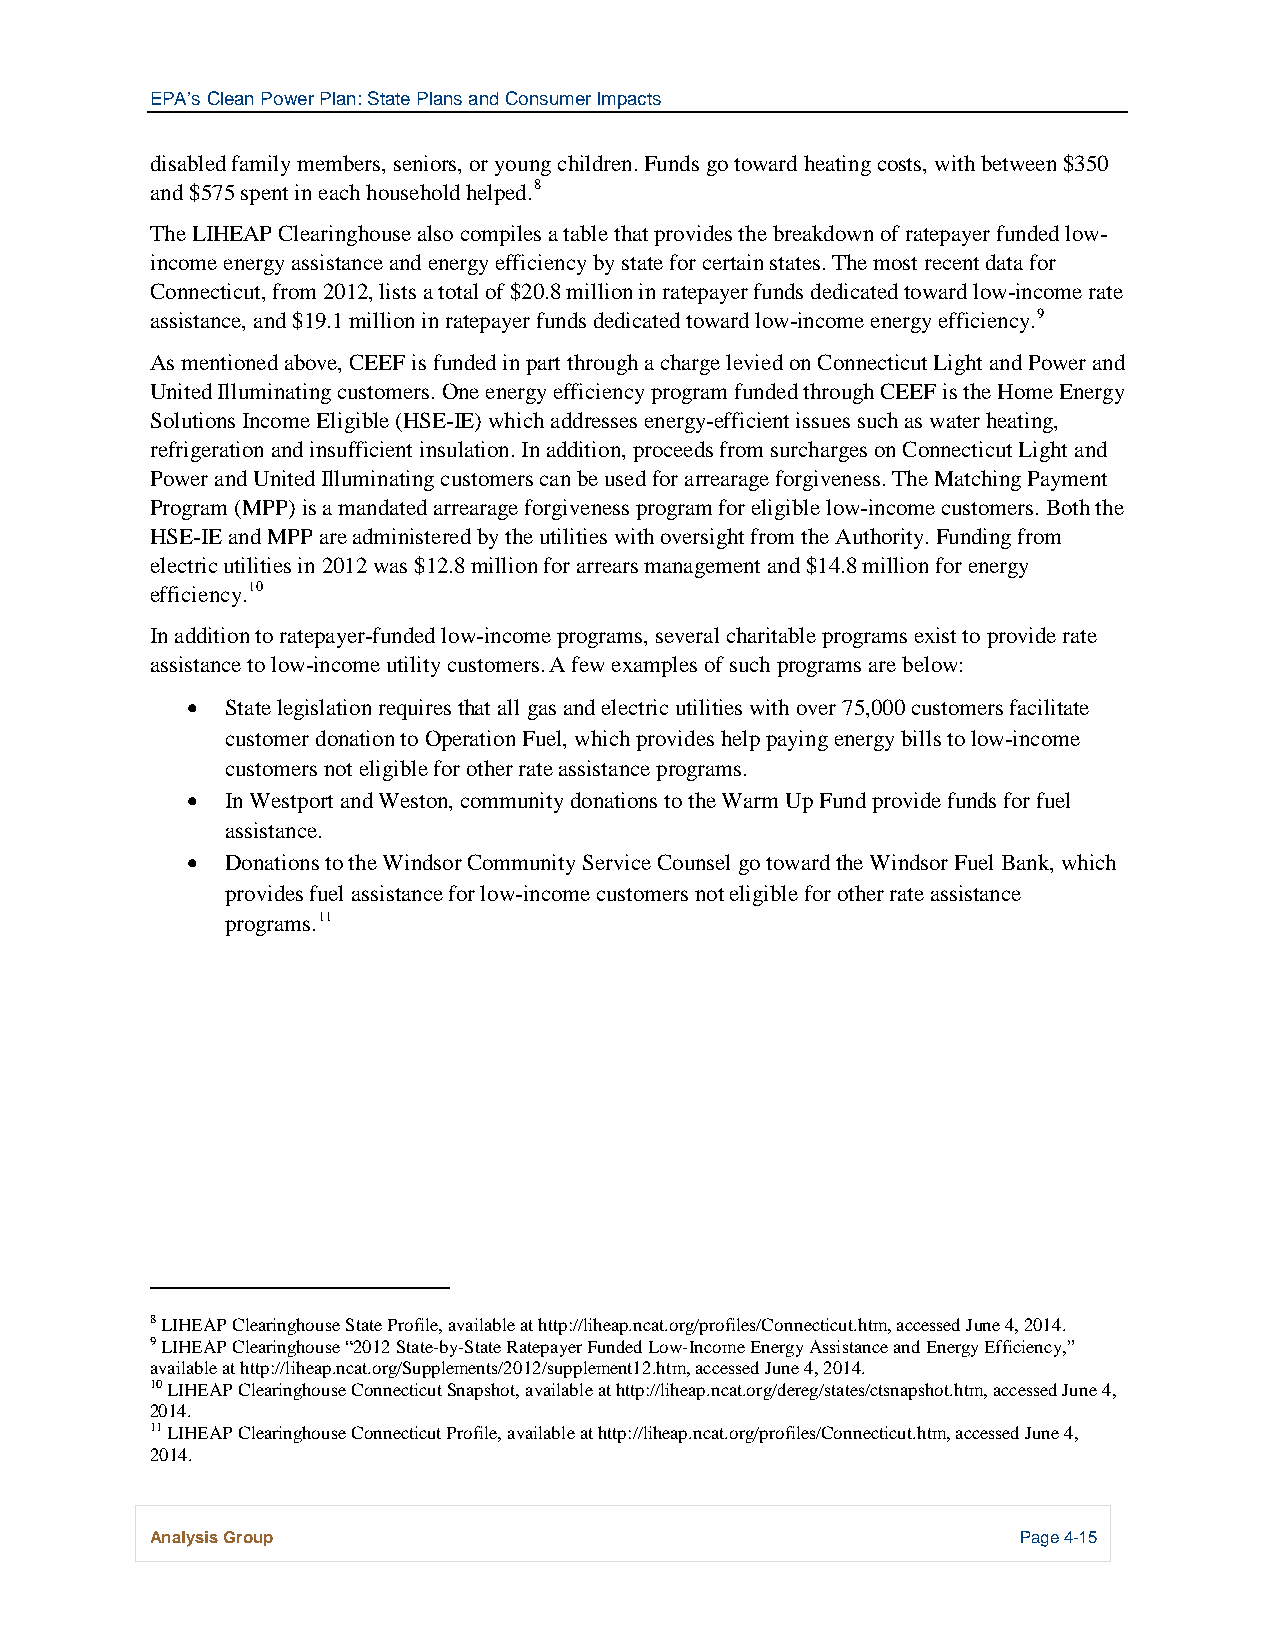
EPA’s Clean Power Plan: State Plans and Consumer Impacts
 disabled family members, seniors, or young children. Funds go toward heating costs, with between $350
 and $575 spent in each household helped.8
 The LIHEAP Clearinghouse also compiles a table that provides the breakdown of ratepayer funded low-
 income energy assistance and energy efficiency by state for certain states. The most recent data for
 Connecticut, from 2012, lists a total of $20.8 million in ratepayer funds dedicated toward low-income rate
 assistance, and $19.1 million in ratepayer funds dedicated toward low-income energy efficiency.9
 As mentioned above, CEEF is funded in part through a charge levied on Connecticut Light and Power and
 United Illuminating customers. One energy efficiency program funded through CEEF is the Home Energy
 Solutions Income Eligible (HSE-IE) which addresses energy-efficient issues such as water heating,
 refrigeration and insufficient insulation. In addition, proceeds from surcharges on Connecticut Light and
 Power and United Illuminating customers can be used for arrearage forgiveness. The Matching Payment
 Program (MPP) is a mandated arrearage forgiveness program for eligible low-income customers. Both the
 HSE-IE and MPP are administered by the utilities with oversight from the Authority. Funding from
 electric utilities in 2012 was $12.8 million for arrears management and $14.8 million for energy
 efficiency.10
 In addition to ratepayer-funded low-income programs, several charitable programs exist to provide rate
 assistance to low-income utility customers. A few examples of such programs are below:
 •  State legislation requires that all gas and electric utilities with over 75,000 customers facilitate
 customer donation to Operation Fuel, which provides help paying energy bills to low-income
 customers not eligible for other rate assistance programs.
 •  In Westport and Weston, community donations to the Warm Up Fund provide funds for fuel
 assistance.
 •  Donations to the Windsor Community Service Counsel go toward the Windsor Fuel Bank, which
 provides fuel assistance for low-income customers not eligible for other rate assistance
 programs.11
 8 LIHEAP Clearinghouse State Profile, available at http://liheap.ncat.org/profiles/Connecticut.htm, accessed June 4, 2014.
 9 LIHEAP Clearinghouse “2012 State-by-State Ratepayer Funded Low-Income Energy Assistance and Energy Efficiency,”
 available at http://liheap.ncat.org/Supplements/2012/supplement12.htm, accessed June 4, 2014.
 10 LIHEAP Clearinghouse Connecticut Snapshot, available at http://liheap.ncat.org/dereg/states/ctsnapshot.htm, accessed June 4,
 2014.
 11 LIHEAP Clearinghouse Connecticut Profile, available at http://liheap.ncat.org/profiles/Connecticut.htm, accessed June 4,
 2014.
 Analysis Group                                            Page 4-15